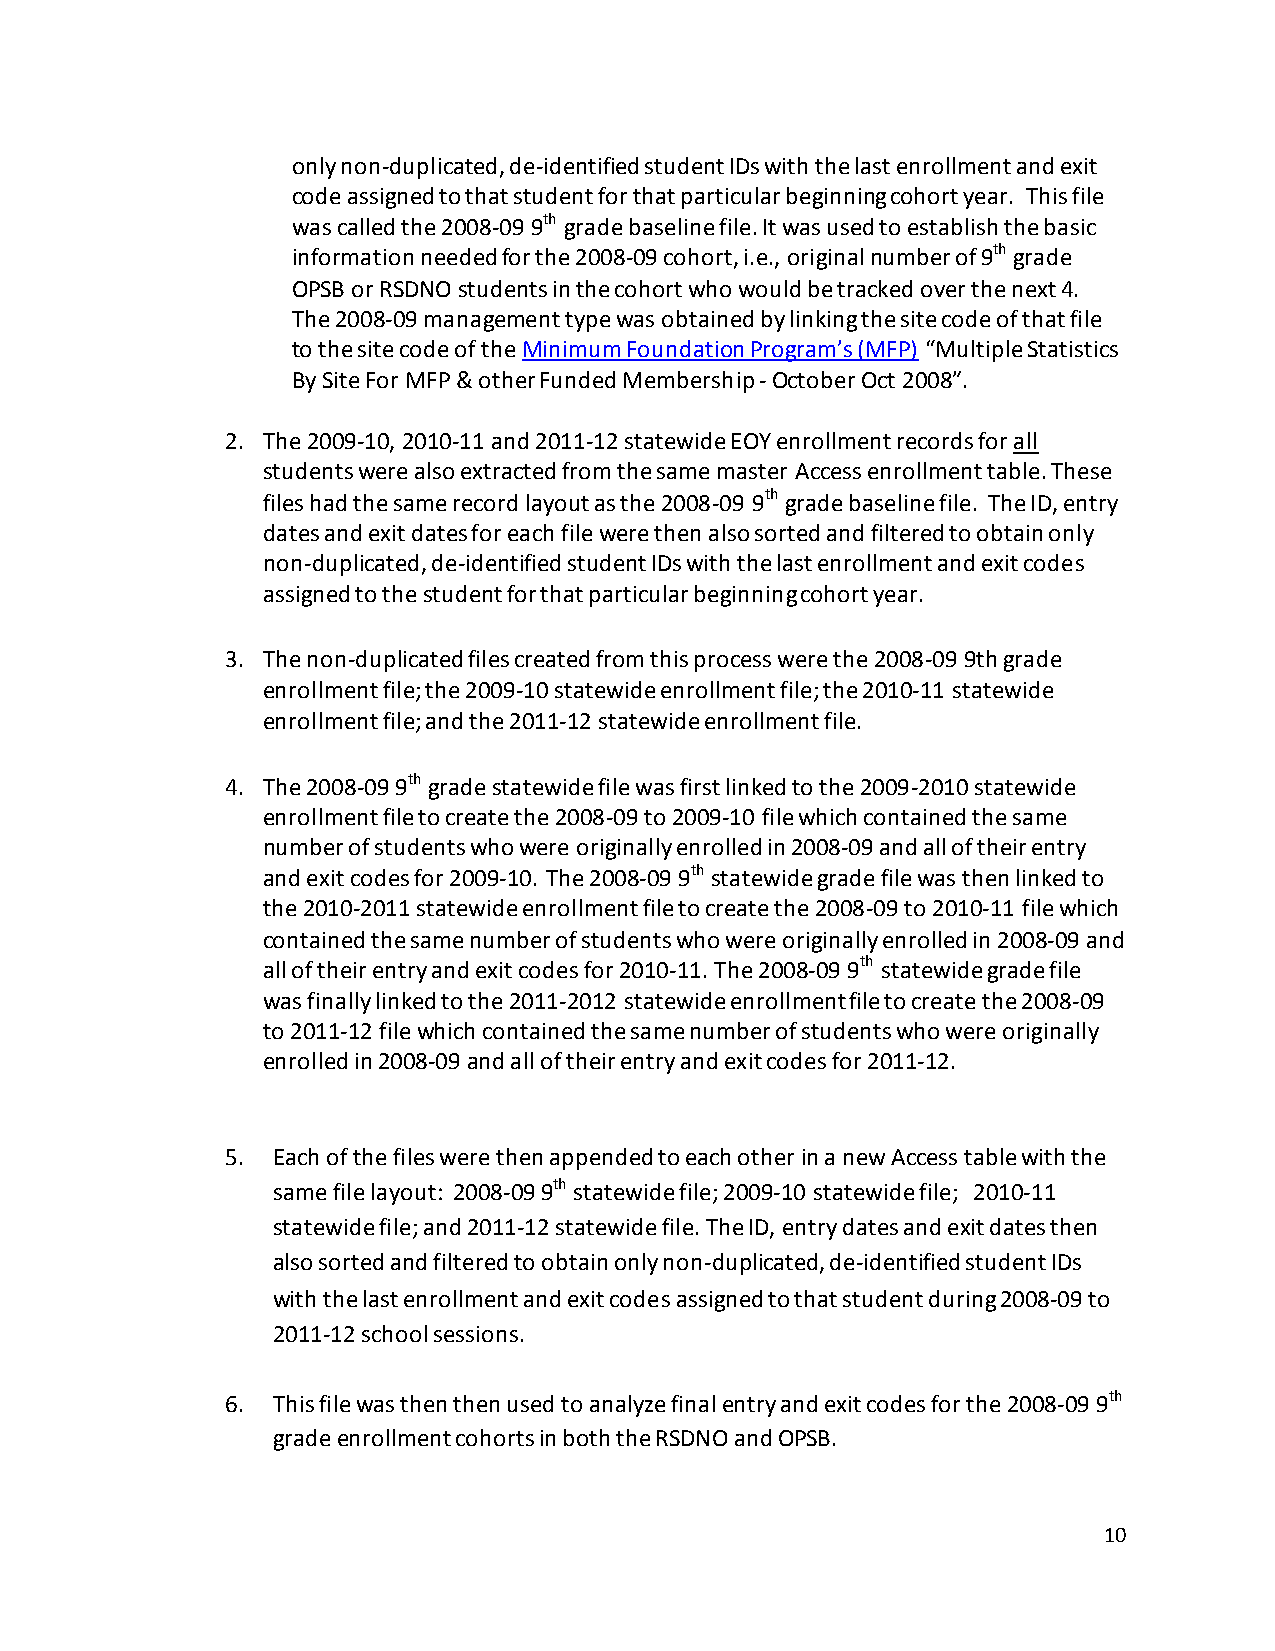
only non-duplicated, de-identified student IDs with the last enrollment and exit
 code assigned to that student for that particular beginning cohort year. This file
 was called the 2008-09 9th grade baseline file. It was used to establish the basic
 information needed for the 2008-09 cohort, i.e., original number of 9th grade
 OPSB or RSDNO students in the cohort who would be tracked over the next 4.
 The 2008-09 management type was obtained by linking the site code of that file
 to the site code of the Minimum Foundation Program’s (MFP) “Multiple Statistics
 By Site For MFP & other Funded Membership - October Oct 2008”.
 2. The 2009-10, 2010-11 and 2011-12 statewide EOY enrollment records for all
 students were also extracted from the same master Access enrollment table. These
 files had the same record layout as the 2008-09 9th grade baseline file. The ID, entry
 dates and exit dates for each file were then also sorted and filtered to obtain only
 non-duplicated, de-identified student IDs with the last enrollment and exit codes
 assigned to the student for that particular beginning cohort year.
 3. The non-duplicated files created from this process were the 2008-09 9th grade
 enrollment file; the 2009-10 statewide enrollment file; the 2010-11 statewide
 enrollment file; and the 2011-12 statewide enrollment file.
 4. The 2008-09 9th grade statewide file was first linked to the 2009-2010 statewide
 enrollment file to create the 2008-09 to 2009-10 file which contained the same
 number of students who were originally enrolled in 2008-09 and all of their entry
 and exit codes for 2009-10. The 2008-09 9th statewide grade file was then linked to
 the 2010-2011 statewide enrollment file to create the 2008-09 to 2010-11 file which
 contained the same number of students who were originally enrolled in 2008-09 and
 all of their entry and exit codes for 2010-11. The 2008-09 9th statewide grade file
 was finally linked to the 2011-2012 statewide enrollment file to create the 2008-09
 to 2011-12 file which contained the same number of students who were originally
 enrolled in 2008-09 and all of their entry and exit codes for 2011-12.
 5. Each of the files were then appended to each other in a new Access table with the
 same file layout: 2008-09 9th statewide file; 2009-10 statewide file; 2010-11
 statewide file; and 2011-12 statewide file. The ID, entry dates and exit dates then
 also sorted and filtered to obtain only non-duplicated, de-identified student IDs
 with the last enrollment and exit codes assigned to that student during 2008-09 to
 2011-12 school sessions.
 6. This file was then then used to analyze final entry and exit codes for the 2008-09 9th
 grade enrollment cohorts in both the RSDNO and OPSB.
 10